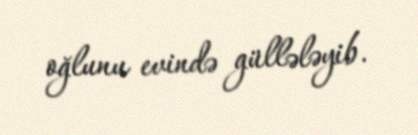
oğlunu evində güllələyib.